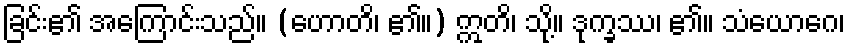
ခြင်း၏ အကြောင်းသည်။ (ဟောတိ၊ ၏။) ဣတိ၊ သို့။ ဒုက္ခဿ၊ ၏။ သံယောဂေ၊